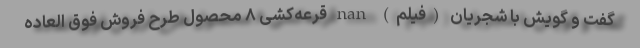
گفت و گویش با شجریان (فیلم) nan قرعه‌کشی ۸ محصول طرح فروش فوق العاده